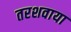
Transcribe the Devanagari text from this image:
तरशवाया